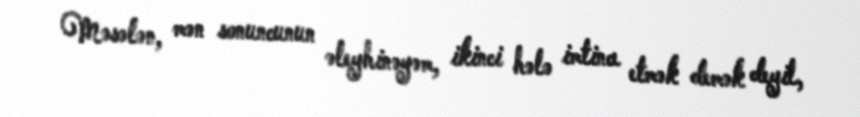
Məsələn, mən sonuncunun əleyhinəyəm, ikinci hələ imtina etmək demək deyil,